Statistical return of the lunatic asylum in Assam - 1912-1932
Year: 1912
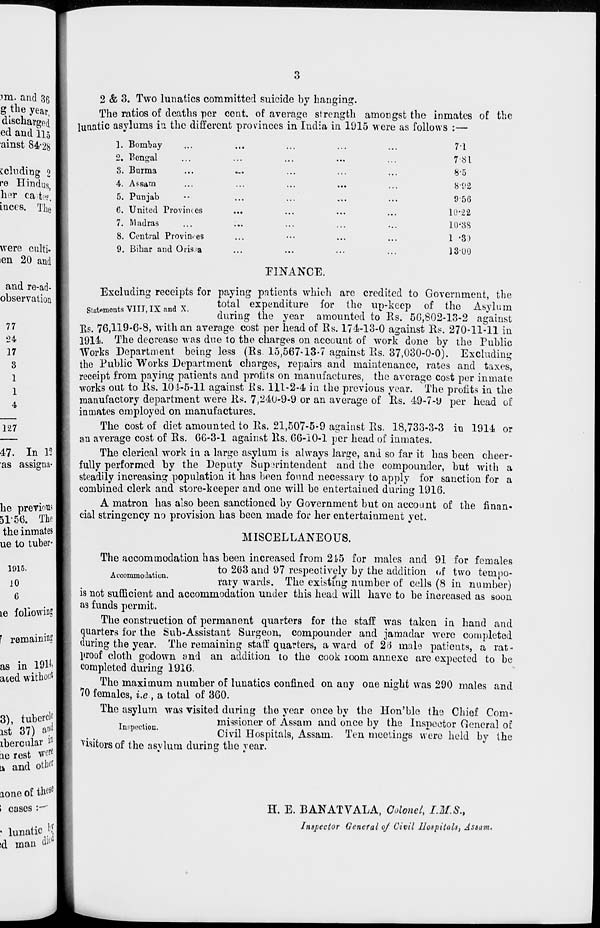
2 & 3. Two lunatics committed suicide by hanging.
The ratios of deaths per cent, of average strength amongst the inmates of the
lunatic asylums in the different provinces in India in 1915 were as follows :—
1. Bombay
2. Bengal
3. Burma
4. Assam
5. Punjab
6. United Provinces
7. Madras
8. Central Provin-es
9. Bihar and Oris.a
71
781
8-5
8-92
9-56
10-22
10*38
1 -3)
18-00
FINANCE.
Excluding receipts for paying patients which are credited to Government, the
_. TTT T _
v
total expenditure for the up-keep of the Asylum
Statements VIII,IX and X.
duringthe year
amounted to Rs. 50,802-13-2 against
fts. 76,119-6-8, with an average cost per head of Rs. 174-13-0 against Ks. 270-11-11 in
1914. The decrease was due to the charges on account of work done by the Puhlic
Works Department being less (Rs 15,567-13-7 against Rs. 37,030-0-0). Excluding
the Puhlic Works Department charges, repairs and maintenance, rates and taxes,
receipt from paying patients and profits on manufactures, the average cost per inmate
works out to Us. 101-5-11 against Rs. 111-2-4 in the previous year. The profits in the
manufactory department were Rs. 7,240-9-9 or an average of Rs. 49-7-9 per head of
inmates employed on manufactures.
The cost of diet amounted to Rs. 21,507-5-9 against Rs. 18,733-3-3 in 1914 or
an average cost of Rs. 66-3-1 against Rs. 66-10-1 per head of inmates.
The clerical work in a large asylum is always large, and so far it has been cheer-
fully performed by the Deputy Superintendent and the compounder, but with a
steadily increasing population it has been found necessary to apply for sanction for a
combined clerk and store-keeper and one will be entertained during 1916.
A matron has also been sanctioned by Government but on account of the finan-
cial stringency no provision has been made for her entertainment yet.
MISCELLANEOUS.
The accommodation has been increased from 215 for males and 91 for females
to 263 and 97 respectively by the addition of two teuioo-
rary wards. The existing number or cells (8 in number)
is not sufficient and accommodation under this head will have to be increased as soon
a9 funds permit.
The construction of permanent quarters for the staff was taken in hand and
quarters for the Sub-Assistant Surgeon, compounder and jamadar were completed
during the year. The remaining staff quarters, award of 23 male patients, a rat-
proof cloth godown and an addition to the cook loom annexe are expected to be
completed during 1916.
The maximum number of lunatics confined on any one night was 290 males and
70 females, i.e , a total of 360.
The asylum was visited during the year once by the Hon'ble the Chief Com-
j
..
missioner of Assam and once by the Inspector General of
p
'
Civil Hospitals, Assam. Ten meetings were held by the
visitors of the asylum during the year.
H. E. BANATVALA, Colonel, I.M.S.,
Inspector General of Civil Hospitals, Assam.